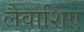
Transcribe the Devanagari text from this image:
लैवाशिए